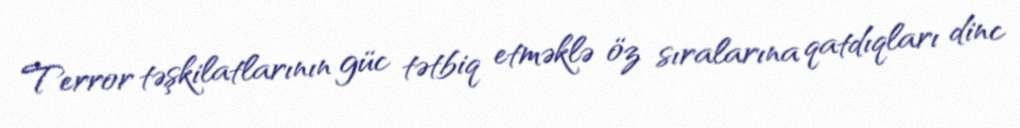
Terror təşkilatlarının güc tətbiq etməklə öz sıralarına qatdıqları dinc